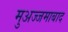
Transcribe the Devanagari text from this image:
मुअज्जमाबाद